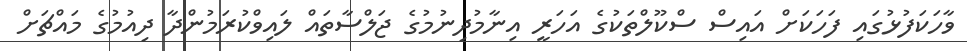
ވާހަކަފުޅުގައި ފަހަކަށް އައިސް ސްކޫލްތަކުގެ އަހަރީ އިނާމުދިނުމުގެ ޖަލްސާތައް ލައިވްކުރަމުންދާ ދިއުމުގެ މައްޗަށް